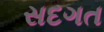
સદગત